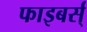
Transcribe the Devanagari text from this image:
फाइबर्स्